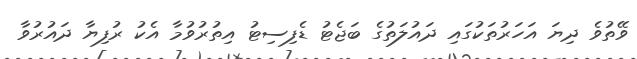
ވޭތުވެ ދިޔަ އަހަރުތަކުގައި ދައުލަތުގެ ބަޖެޓު ޑެފިސިޓު އިތުރުވުމާ އެކު ރުފިޔާ ދައުރުވާ